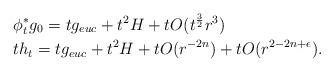
LaTeX: \begin{align*}&\phi_{t}^{\ast}g_{0}=tg_{euc}+t^{2}H+tO(t^{\frac{3}{2}}r^{3})\\&th_{t}=tg_{euc}+t^{2}H+tO(r^{-2n})+tO(r^{2-2n+\epsilon}).\end{align*}